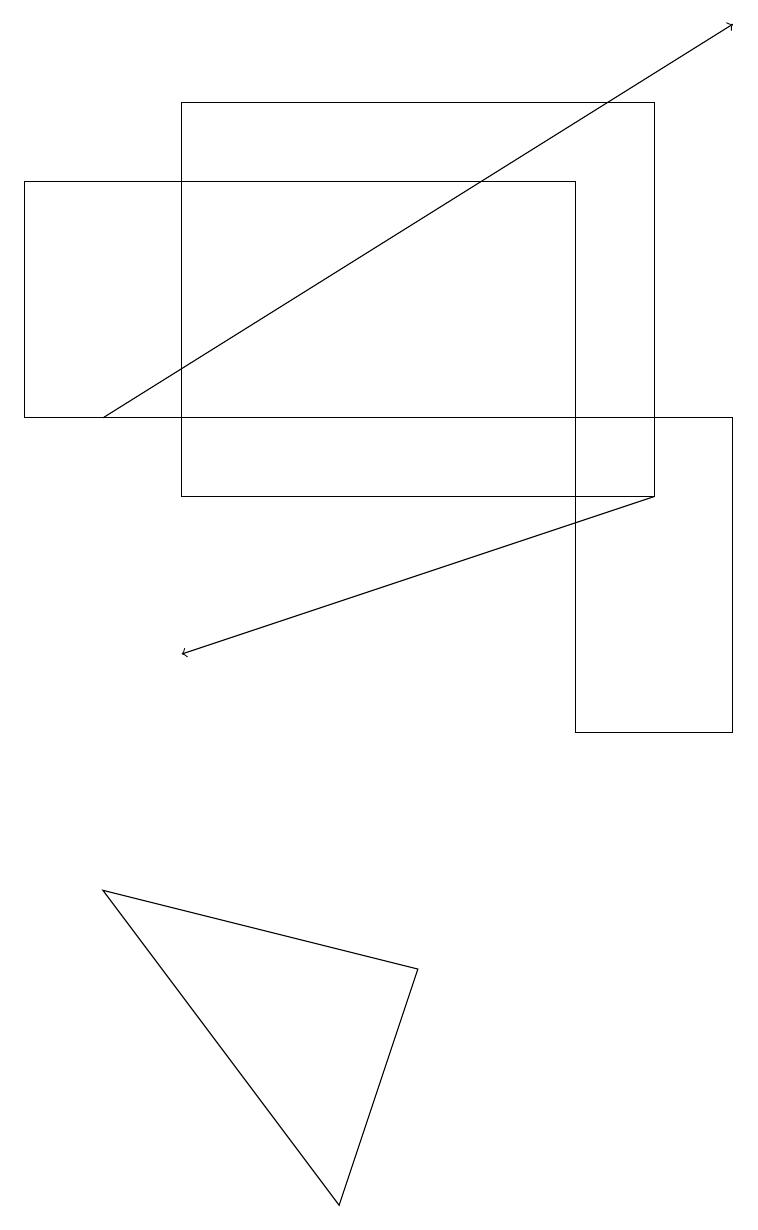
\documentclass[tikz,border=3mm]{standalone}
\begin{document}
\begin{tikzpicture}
\draw[->] (8,13) -- (2,11);
\draw (2,13) rectangle (8,18);
\draw (4,4) -- (1,8) -- (5,7) -- cycle;
\draw (7,10) rectangle (9,14);
\draw (7,17) rectangle (0,14);
\draw[->] (1,14) -- (9,19);
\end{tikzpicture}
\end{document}